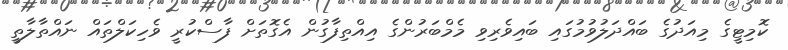
ކޮމިޓީގެ މިއަދުގެ ބައްދަލުވުމުގައި ބައިވެރިވި މެމްބަރުންގެ އިއްތިފާގުން އެގޮތަށް ފާސްކުރީ ވެހިކަލްތައް ނައްތާލާތީ